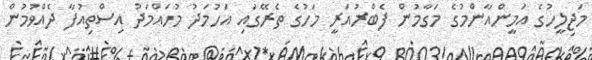
މަޖިލީހުގެ އަމީންއާންމުގެ މަގާމުން ފެބްރުއަރީ މަހުގެ ތެރޭގައި އަހުމަދު މުހައްމަދު އިސްތިއުފާ ދެއްވުމުން